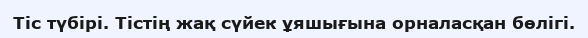
Тіс түбірі. Тістің жақ сүйек ұяшығына орналасқан бөлігі.